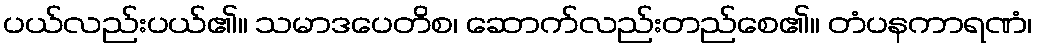
ပယ်လည်းပယ်၏။ သမာဒပေတိစ၊ ဆောက်လည်းတည်စေ၏။ တံပနကာရဏံ၊